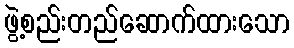
ဖွဲ့စည်းတည်ဆောက်ထားသော